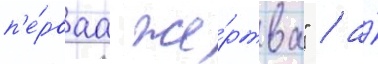
п'е́рваа же́ртва" / а́